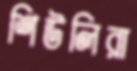
শিউলিরা